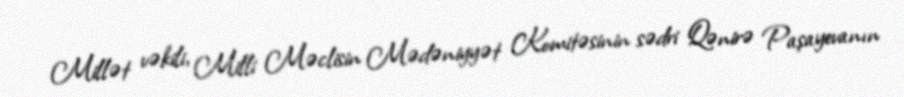
Millət vəkili, Milli Məclisin Mədəniyyət Komitəsinin sədri Qənirə Paşayevanın